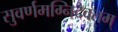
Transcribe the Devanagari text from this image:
सुवर्णमग्निदैवतम्